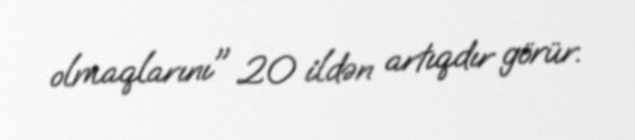
olmaqlarını" 20 ildən artıqdır görür.